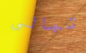
تبالى